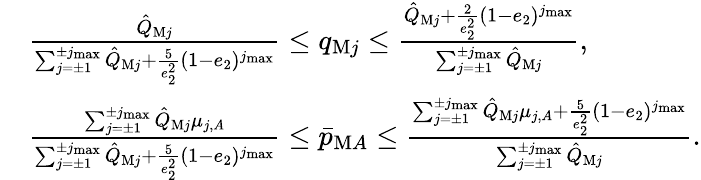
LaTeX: \begin{array}{rl}&{\frac{\hat{Q}_{\mathrm{M}j}}{\sum_{j=\pm 1}^{\pm j_{\operatorname*{max}}}\hat{Q}_{\mathrm{M}j}+\frac{5}{e_{2}^{2}}(1-e_{2})^{j_{\operatorname*{max}}}}\le q_{\mathrm{M}j}\le\frac{\hat{Q}_{\mathrm{M}j}+\frac{2}{e_{2}^{2}}(1-e_{2})^{j_{\operatorname*{max}}}}{\sum_{j=\pm 1}^{\pm j_{\operatorname*{max}}}\hat{Q}_{\mathrm{M}j}},}\\ &{\frac{\sum_{j=\pm 1}^{\pm j_{\operatorname*{max}}}\hat{Q}_{\mathrm{M}j}\mu_{j,A}}{\sum_{j=\pm 1}^{\pm j_{\operatorname*{max}}}\hat{Q}_{\mathrm{M}j}+\frac{5}{e_{2}^{2}}(1-e_{2})^{j_{\operatorname*{max}}}}\le\bar{p}_{\mathrm{M}A}\le\frac{\sum_{j=\pm 1}^{\pm j_{\operatorname*{max}}}\hat{Q}_{\mathrm{M}j}\mu_{j,A}+\frac{5}{e_{2}^{2}}(1-e_{2})^{j_{\operatorname*{max}}}}{\sum_{j=\pm 1}^{\pm j_{\operatorname*{max}}}\hat{Q}_{\mathrm{M}j}}.}\end{array}